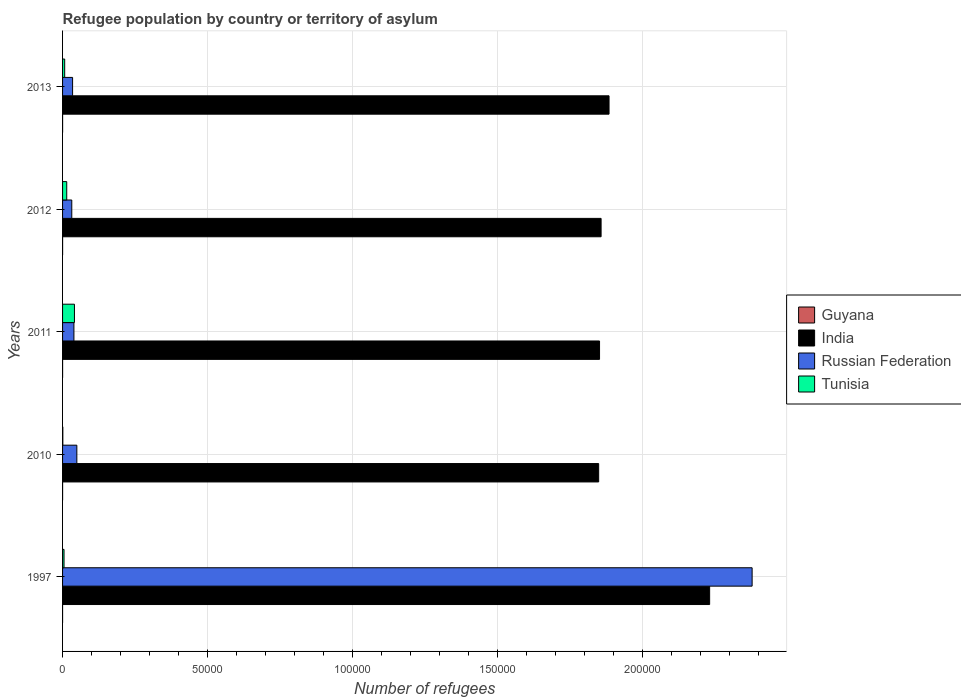
| Years | Guyana | India | Russian Federation | Tunisia |
 | --- | --- | --- | --- | --- |
 | 1997 | 1 | 2.23e+05 | 2.38e+05 | 506 |
 | 2010 | 7 | 1.85e+05 | 4.92e+03 | 89 |
 | 2011 | 7 | 1.85e+05 | 3.91e+03 | 4.1e+03 |
 | 2012 | 7 | 1.86e+05 | 3.18e+03 | 1.44e+03 |
 | 2013 | 11 | 1.88e+05 | 3.46e+03 | 730 |